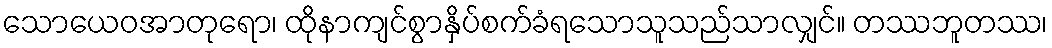
သောယေဝအာတုရော၊ ထိုနာကျင်စွာနှိပ်စက်ခံရသောသူသည်သာလျှင်။ တဿဘူတဿ၊